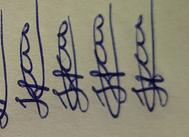
Signature authenticity: genuine